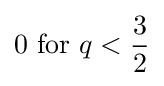
0{\text{ for }}q<{3 \over 2}